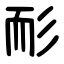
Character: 耏